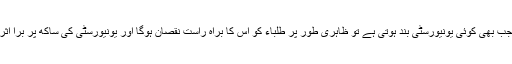
دیکھئے جب بھی کوئی یونیورسٹی بند ہوتی ہے تو ظاہری طور پر طلباء کو اس کا براہِ راست نقصان ہوگا اور یونیورسٹی کی ساکھ پر برا اثر پڑے گا۔